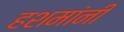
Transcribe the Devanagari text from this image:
हशमांनी